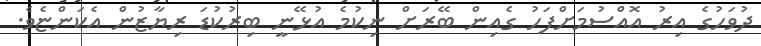
ދުވަހުގެ އިރު އޮއްސުމަށްފަހު ގެއިން ބޭރަށް ނިކުމެ އުޅޭނީ ބިރުކުޑަ ރިޔާޒުން އެކަންޏެވެ.